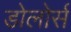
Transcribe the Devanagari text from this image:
डोलोर्स